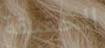
الحقيقة